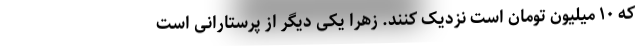
که ۱۰ میلیون تومان است نزدیک کنند. زهرا یکی دیگر از پرستارانی است